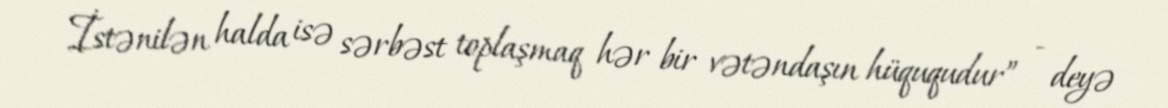
İstənilən halda isə sərbəst toplaşmaq hər bir vətəndaşın hüququdur” - deyə